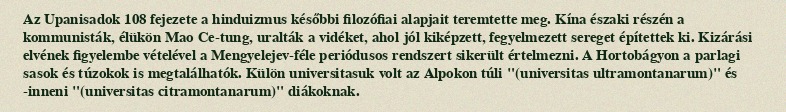
Az Upanisadok 108 fejezete a hinduizmus későbbi filozófiai alapjait teremtette meg. Kína északi részén a kommunisták, élükön Mao Ce-tung, uralták a vidéket, ahol jól kiképzett, fegyelmezett sereget építettek ki. Kizárási elvének figyelembe vételével a Mengyelejev-féle periódusos rendszert sikerült értelmezni. A Hortobágyon a parlagi sasok és túzokok is megtalálhatók. Külön universitasuk volt az Alpokon túli "(universitas ultramontanarum)" és -inneni "(universitas citramontanarum)" diákoknak.